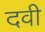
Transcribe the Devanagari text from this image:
दवी